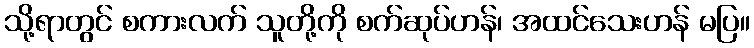
သို့ရာတွင် စကားလက် သူတို့ကို စက်ဆုပ်ဟန်၊ အထင်သေးဟန် မပြ။